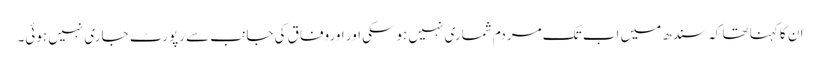
ان کا کہنا تھا کہ سندھ میں اب تک مردم شماری نہیں ہوسکی اور اوروفاق کی جانب سے رپورٹ جاری نہیں ہوئی۔